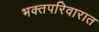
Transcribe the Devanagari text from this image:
भक्तपरिवारात